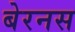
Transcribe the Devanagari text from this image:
बेरनस